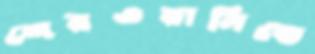
শেরওয়ানিতে